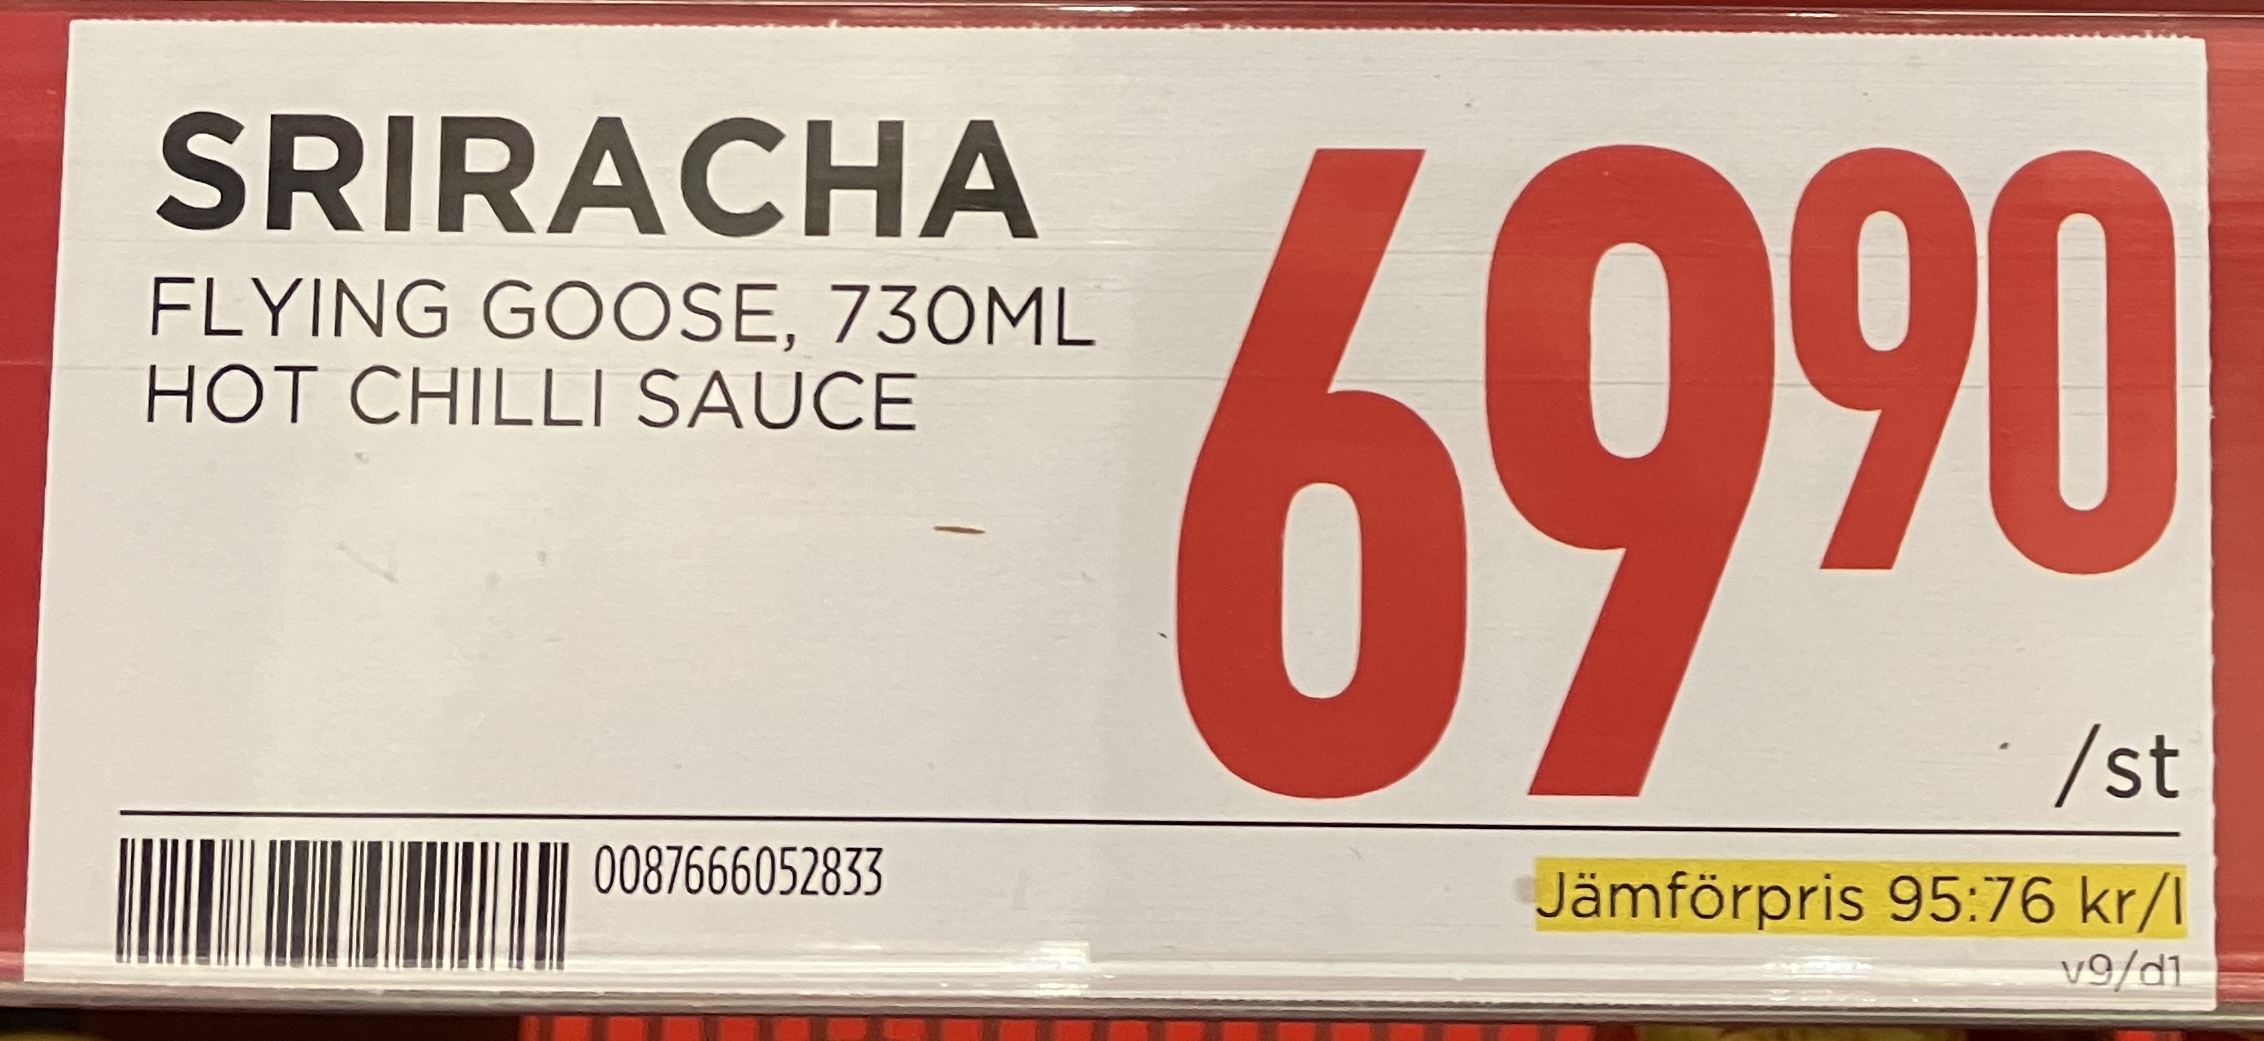
Vara: Sriracha
Genomsnittspris: 95.76 per L